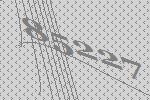
85227